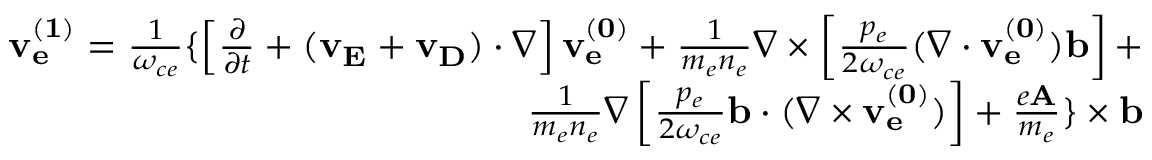
\begin{array} { r } { { \bf v _ { e } ^ { ( 1 ) } } = \frac { 1 } { \omega _ { c e } } \{ \left[ \frac { \partial } { \partial t } + ( { \bf v _ { E } } + { \bf v _ { D } } ) \cdot \nabla \right] { \bf v _ { e } ^ { ( 0 ) } } + \frac { 1 } { m _ { e } n _ { e } } \nabla \times \left[ \frac { p _ { e } } { 2 \omega _ { c e } } ( \nabla \cdot { \bf v _ { e } ^ { ( 0 ) } } ) { \bf b } \right] + } \\ { \frac { 1 } { m _ { e } n _ { e } } \nabla \left[ \frac { p _ { e } } { 2 \omega _ { c e } } { \bf b } \cdot ( \nabla \times { \bf v _ { e } ^ { ( 0 ) } } ) \right] + \frac { e { \bf A } } { m _ { e } } \} \times { \bf b } } \end{array}